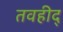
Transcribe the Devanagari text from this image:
तवहीद्